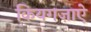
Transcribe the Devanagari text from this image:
कियगज़ाएे